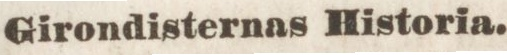
Girondisternas Historia.